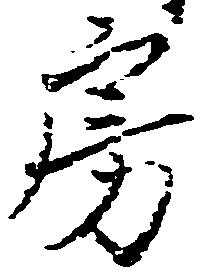
房